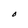
Character: O